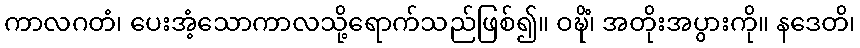
ကာလဂတံ၊ ပေးအံ့သောကာလသို့ရောက်သည်ဖြစ်၍။ ဝဍ္ဎိံ၊ အတိုးအပွားကို။ နဒေတိ၊